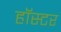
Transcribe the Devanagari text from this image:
हॉस्टर